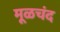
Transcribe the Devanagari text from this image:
मूळचंद